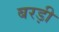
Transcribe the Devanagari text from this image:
बरड़ी